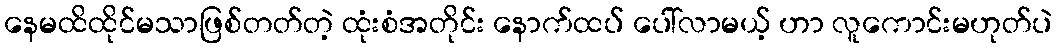
နေမထိထိုင်မသာဖြစ်တတ်တဲ့ ထုံးစံအတိုင်း နောက်ထပ် ပေါ်လာမယ့် ဟာ လူကောင်းမဟုတ်ပဲ